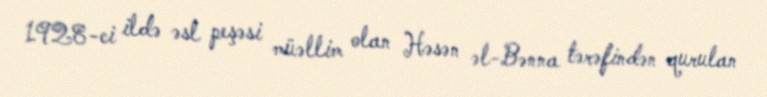
1928-ci ildə əsl peşəsi müəllim olan Həsən əl-Bənna tərəfindən qurulan